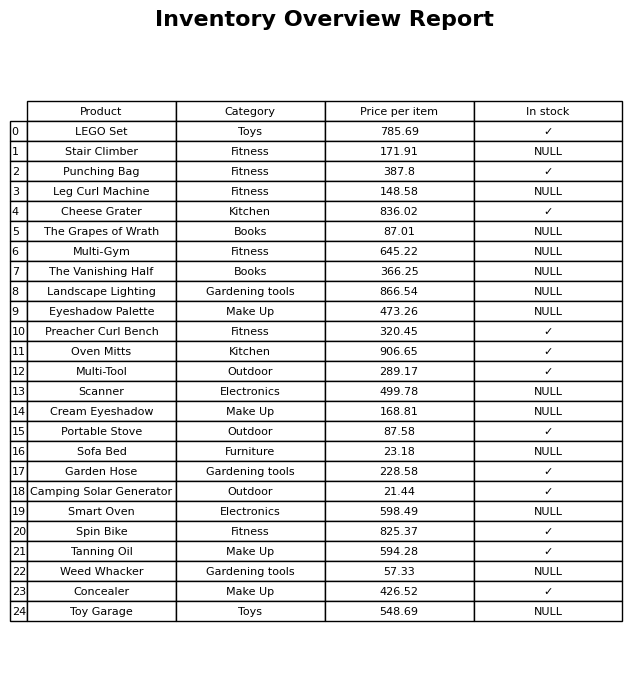
question: Is the Eyeshadow Palette in stock?
answer: NULL